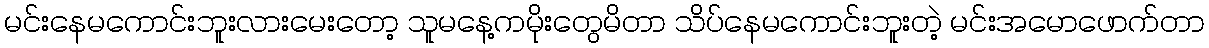
မင်းနေမကောင်းဘူးလားမေးတော့ သူမနေ့ကမိုးတွေမိတာ သိပ်နေမကောင်းဘူးတဲ့ မင်းအမောဖောက်တာ